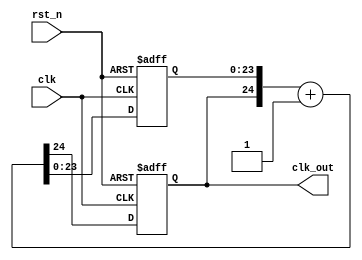
`timescale 1ns / 1ps
//////////////////////////////////////////////////////////////////////////////////
// Company: 
// Engineer: 
// 
// Design Name: 
// Module Name:    freq_div 
// Project Name: 
// Target Devices: 
// Tool versions: 
// Description: 
//
// Dependencies: 
//
// Revision: 
// Revision 0.01 - File Created
// Additional Comments: 
//
//////////////////////////////////////////////////////////////////////////////////
`define FREQ_DIV_BIT 25
module freq_div(
 clk_out, // divided clock output
 clk, // global clock input
 rst_n // active low reset
);
output clk_out;
input clk;
input rst_n;
reg clk_out;
reg [`FREQ_DIV_BIT-2:0] cnt;
reg [`FREQ_DIV_BIT-1:0] cnt_tmp;

always @(clk_out or cnt)
	cnt_tmp = {clk_out,cnt} + 1'b1;

always @(posedge clk or negedge rst_n)
	if (~rst_n)
		{clk_out, cnt}<=`FREQ_DIV_BIT'd0;
	else
		{clk_out,cnt}<=cnt_tmp;

endmodule